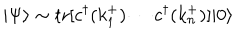
| \Psi \rangle \sim \mathrm { t r } [ c ^ { \dagger } ( k _ { 1 } ^ { + } ) \cdots c ^ { \dagger } ( k _ { n } ^ { + } ) ] | 0 \rangle